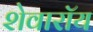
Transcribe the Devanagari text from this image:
शेवारॉय